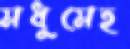
মধুমেহ